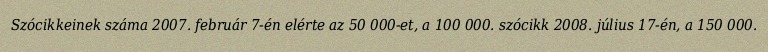
Szócikkeinek száma 2007. február 7-én elérte az 50 000-et, a 100 000. szócikk 2008. július 17-én, a 150 000.